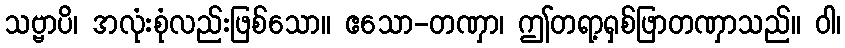
သဗ္ဗာပိ၊ အလုံးစုံလည်းဖြစ်သော။ ဧသော-တဏှာ၊ ဤတရာ့ရှစ်ဖြာတဏှာသည်။ ဝါ၊